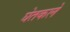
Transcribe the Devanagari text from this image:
घेतकले